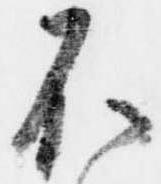
不